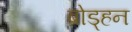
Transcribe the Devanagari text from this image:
ब्रोड्हन